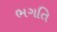
ભગતિ